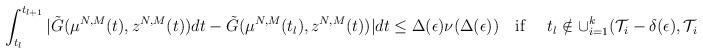
LaTeX: \begin{align*}\int_{t_l}^{t_{l+1}}|\tilde G(\mu^{N,M}(t),z^{N,M}(t))dt - \tilde G( \mu^{N,M}(t_l), z^{N,M}(t))|dt\leq \Delta(\epsilon)\nu(\Delta(\epsilon)) \ \ \ {\rm if} \ \ \ \ t_l\notin\cup_{i=1}^k ( \mathcal{T}_i - \delta(\epsilon) , \mathcal{T}_i+ \delta (\epsilon)).\end{align*}